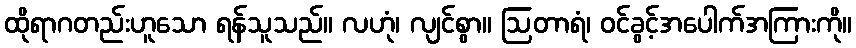
ထိုရာဂတည်းဟူသော ရန်သူသည်။ လဟုံ၊ လျင်စွာ။ ဩတာရံ၊ ဝင်ခွင့်အပေါက်အကြားကို။